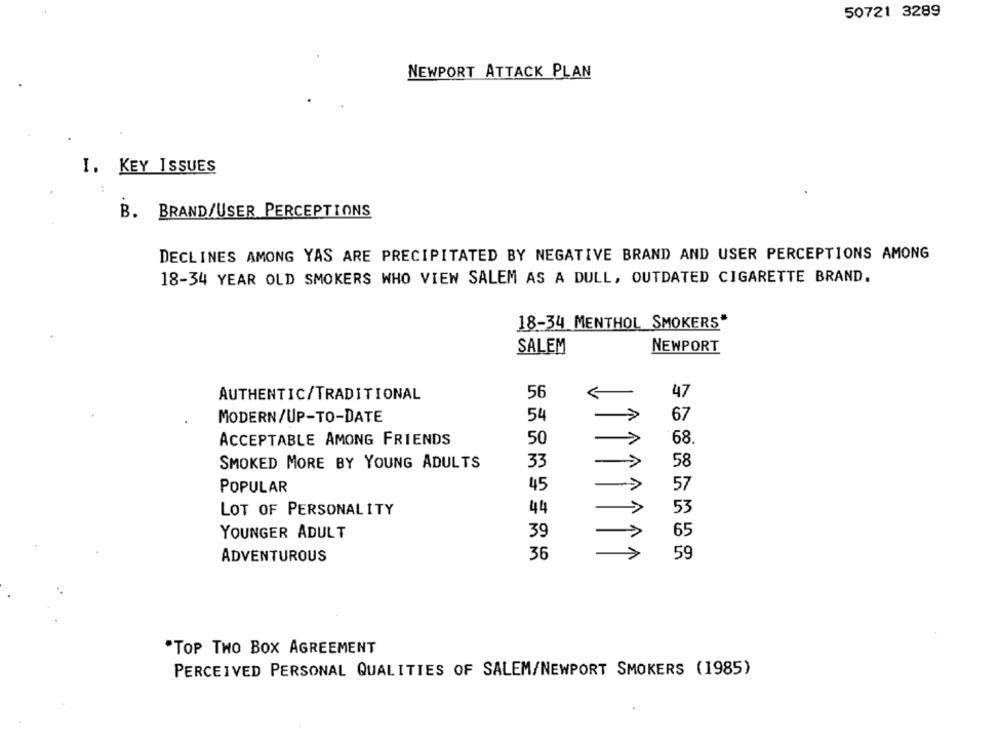
50721 3289
NEWPORT ATTACK PLAN
I. KEY ISSUES
B. BRAND/USER PERCEPTIONS
DECLINES AMONG YAS ARE PRECIPITATED BY NEGATIVE BRAND AND USER PERCEPTIONS AMONG
18-34 YEAR OLD SMOKERS WHO VIEW SALEM AS A DULL, OUTDATED CIGARETTE BRAND.
18-34 MENTHOL SMOKERS"
SALEM
NEWPORT
56
47
AUTHENTIC/TRADITIONAL
MODERN/UP-TO-DATE
54
67
ACCEPTABLE AMONG FRIENDS
50
68
SMOKED MORE BY YOUNG ADULTS
33
58
POPULAR
45
1
57
LOT OF PERSONALITY
44
53
YOUNGER ADULT
39
1
Î1
65
36
59
ADVENTUROUS
"TOP THO BOX AGREEMENT
PERCEIVED PERSONAL QUALITIES OF SALEM/NEWPORT SMOKERS (1985)